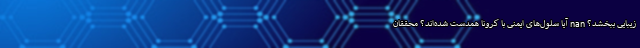
زیبایی ببخشد؟ nan آیا سلول‌های ایمنی با کرونا همدست شده‌اند؟ محققان